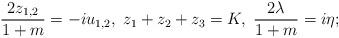
LaTeX: \begin{align*}{2z_{1,2}\over 1+m} = -iu_{1,2},\; z_1+z_2+z_3 = K,\;{2\lambda\over 1+m} = i\eta;\end{align*}